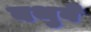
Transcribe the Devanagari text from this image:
बथुवे